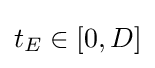
t_{E}\in [0,D]